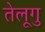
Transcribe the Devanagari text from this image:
तेलूगु